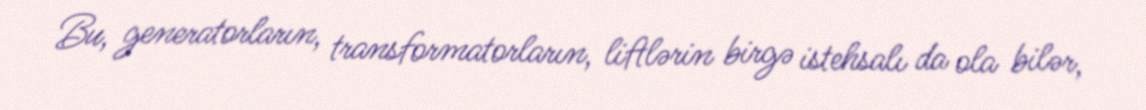
Bu, generatorların, transformatorların, liftlərin birgə istehsalı da ola bilər,